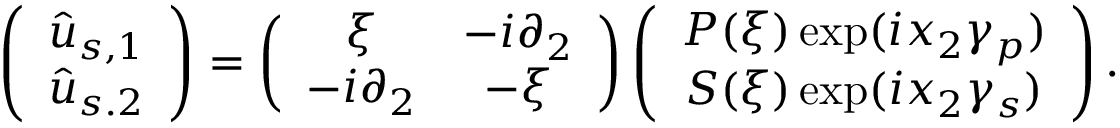
\left( \begin{array} { c c } { \hat { u } _ { s , 1 } } \\ { \hat { u } _ { s . 2 } } \end{array} \right) = \left( \begin{array} { c c } { \xi } & { - i \partial _ { 2 } } \\ { - i \partial _ { 2 } } & { - \xi } \end{array} \right) \left( \begin{array} { c c } { P ( \xi ) \, \mathrm { e x p } ( i x _ { 2 } \gamma _ { p } ) } \\ { S ( \xi ) \, \mathrm { e x p } ( i x _ { 2 } \gamma _ { s } ) } \end{array} \right) .